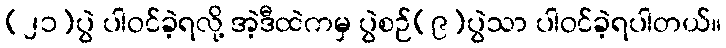
(၂၁)ပွဲ ပါဝင်ခဲ့ရလို့ အဲ့ဒီထဲကမှ ပွဲစဉ်(၉)ပွဲသာ ပါဝင်ခဲ့ရပါတယ်။